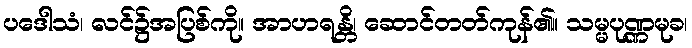
ပဒေါသံ၊ လင်၌အပြစ်ကို။ အာဟရန္တိ၊ ဆောင်တတ်ကုန်၏။ သမ္မပုဏ္ဏမုခ၊